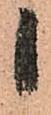
候